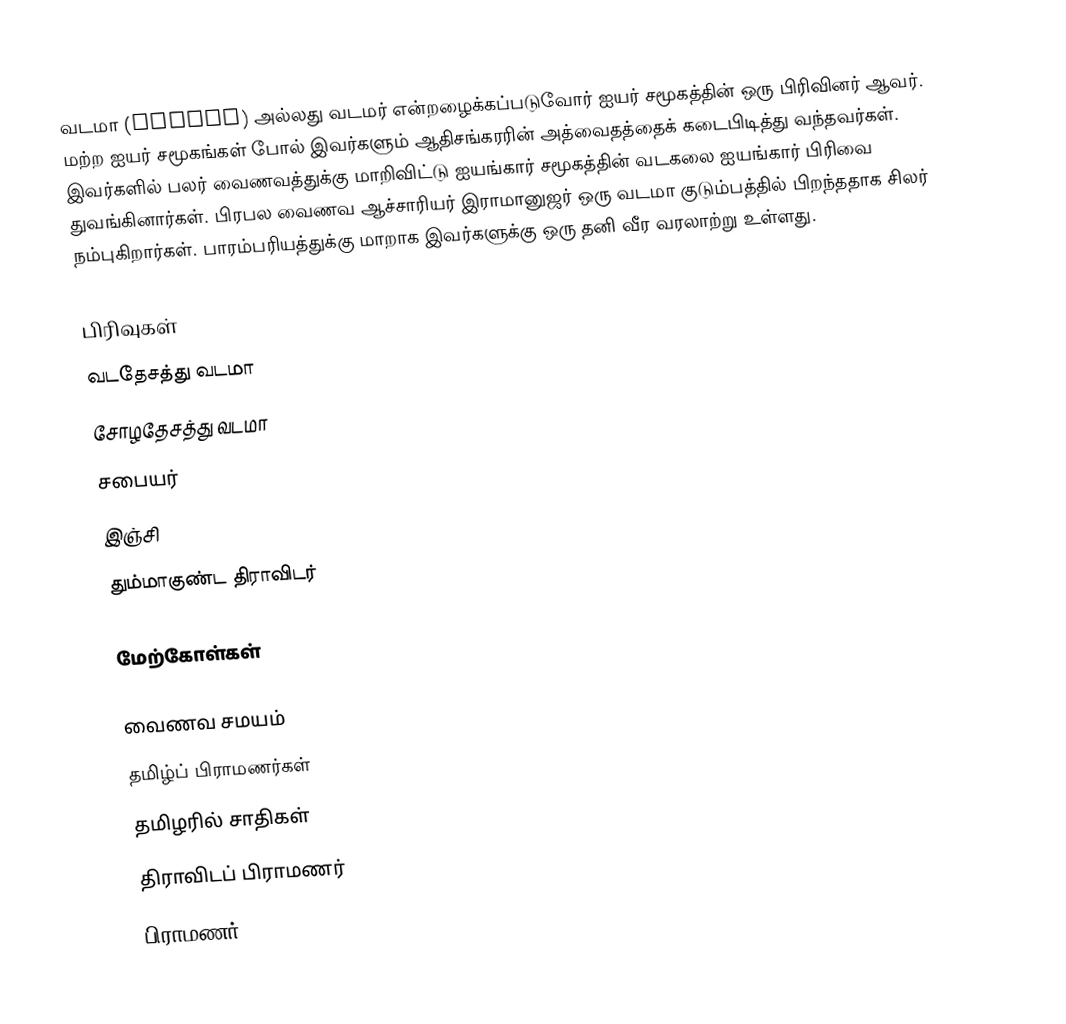
வடமா (Vadama) அல்லது வடமர் என்றழைக்கப்படுவோர் ஐயர் சமூகத்தின் ஒரு பிரிவினர் ஆவர். மற்ற ஐயர் சமூகங்கள் போல் இவர்களும் ஆதிசங்கரரின் அத்வைதத்தைக் கடைபிடித்து வந்தவர்கள். இவர்களில் பலர் வைணவத்துக்கு மாறிவிட்டு ஐயங்கார் சமூகத்தின் வடகலை ஐயங்கார் பிரிவை துவங்கினார்கள். பிரபல வைணவ ஆச்சாரியர்  இராமானுஜர் ஒரு வடமா குடும்பத்தில் பிறந்ததாக சிலர் நம்புகிறார்கள். பாரம்பரியத்துக்கு மாறாக இவர்களுக்கு ஒரு தனி வீர வரலாற்று உள்ளது.

பிரிவுகள்
 வடதேசத்து வடமா
 சோழதேசத்து வடமா
 சபையர்
 இஞ்சி
 தும்மாகுண்ட திராவிடர்

மேற்கோள்கள்

வைணவ சமயம்
தமிழ்ப் பிராமணர்கள்
தமிழரில் சாதிகள்
திராவிடப் பிராமணர்
பிராமணர்